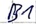
Text: B1